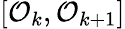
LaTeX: [\mathcal{O}_{k},\mathcal{O}_{k+1}]